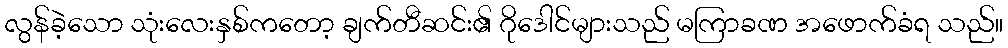
လွန်ခဲ့သော သုံးလေးနှစ်ကတော့ ချက်တီဆင်း၏ ဂိုဒေါင်များသည် မကြာခဏ အဖောက်ခံရ သည်။